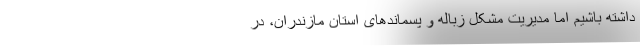
داشته باشیم اما مدیریت مشکل زباله و پسماندهای استان مازندران، در